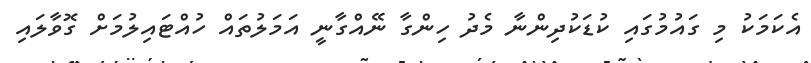
އެކަމަކު މި ގައުމުގައި ކުޑަކުދިންނާ މެދު ހިންގާ ނޭއްގާނީ އަމަލުތައް ހުއްޓައިލުމަށް ގޮވާލައި